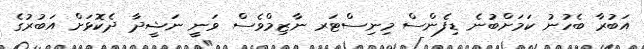
އަބުރާ ބެހުނު ކަމަށްބުނެ ޑިފެންސް މިނިސްޓަރ ނާޒިމްވެސް ވަނީ ނަޝީދާ ދެކޮޅަށް އަބުރުގެ